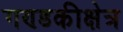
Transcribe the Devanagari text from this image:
गण्डकीक्षेत्र